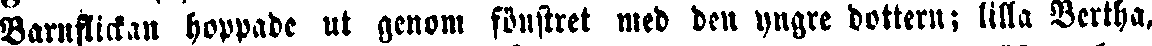
Barnflickan hoppade ut genom fönstret med den yngre dottern; lilla Bertha,